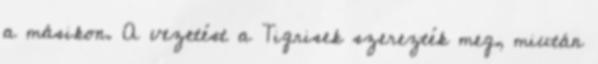
a másikon. A vezetést a Tigrisek szerezték meg, miután